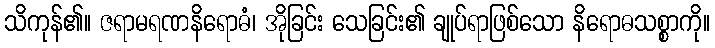
သိကုန်၏။ ဇရာမရဏနိရောဓံ၊ အိုခြင်း သေခြင်း၏ ချုပ်ရာဖြစ်သော နိရောဓသစ္စာကို။